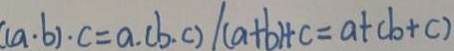
( a \cdot b ) \cdot c = a . ( b . c ) / ( a + b ) + c = a + ( b + c )